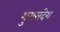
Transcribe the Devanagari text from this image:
शुभसंदेश